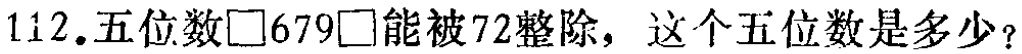
112.五位数\(\square679\square\)能被\(72\)整除，这个五位数是多少？